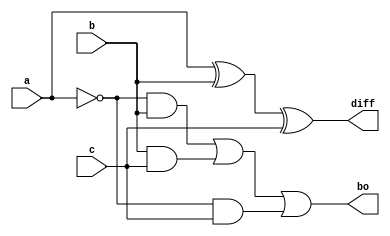
module full_sub(a,b,c,diff,bo);
input a,b,c;
output diff,bo;
assign diff=a^b^c;
assign bo=(~a&b)|(b&c)|(~a&c);
endmodule